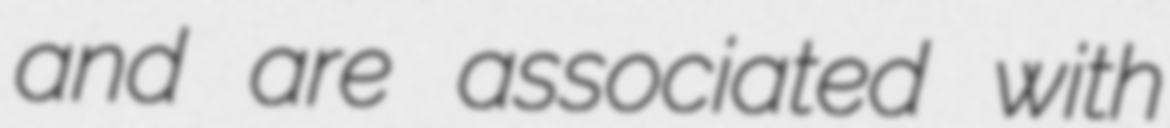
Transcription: and are associated with